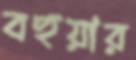
বহুয়ার